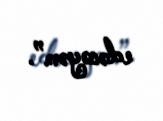
edəcəyəm”.